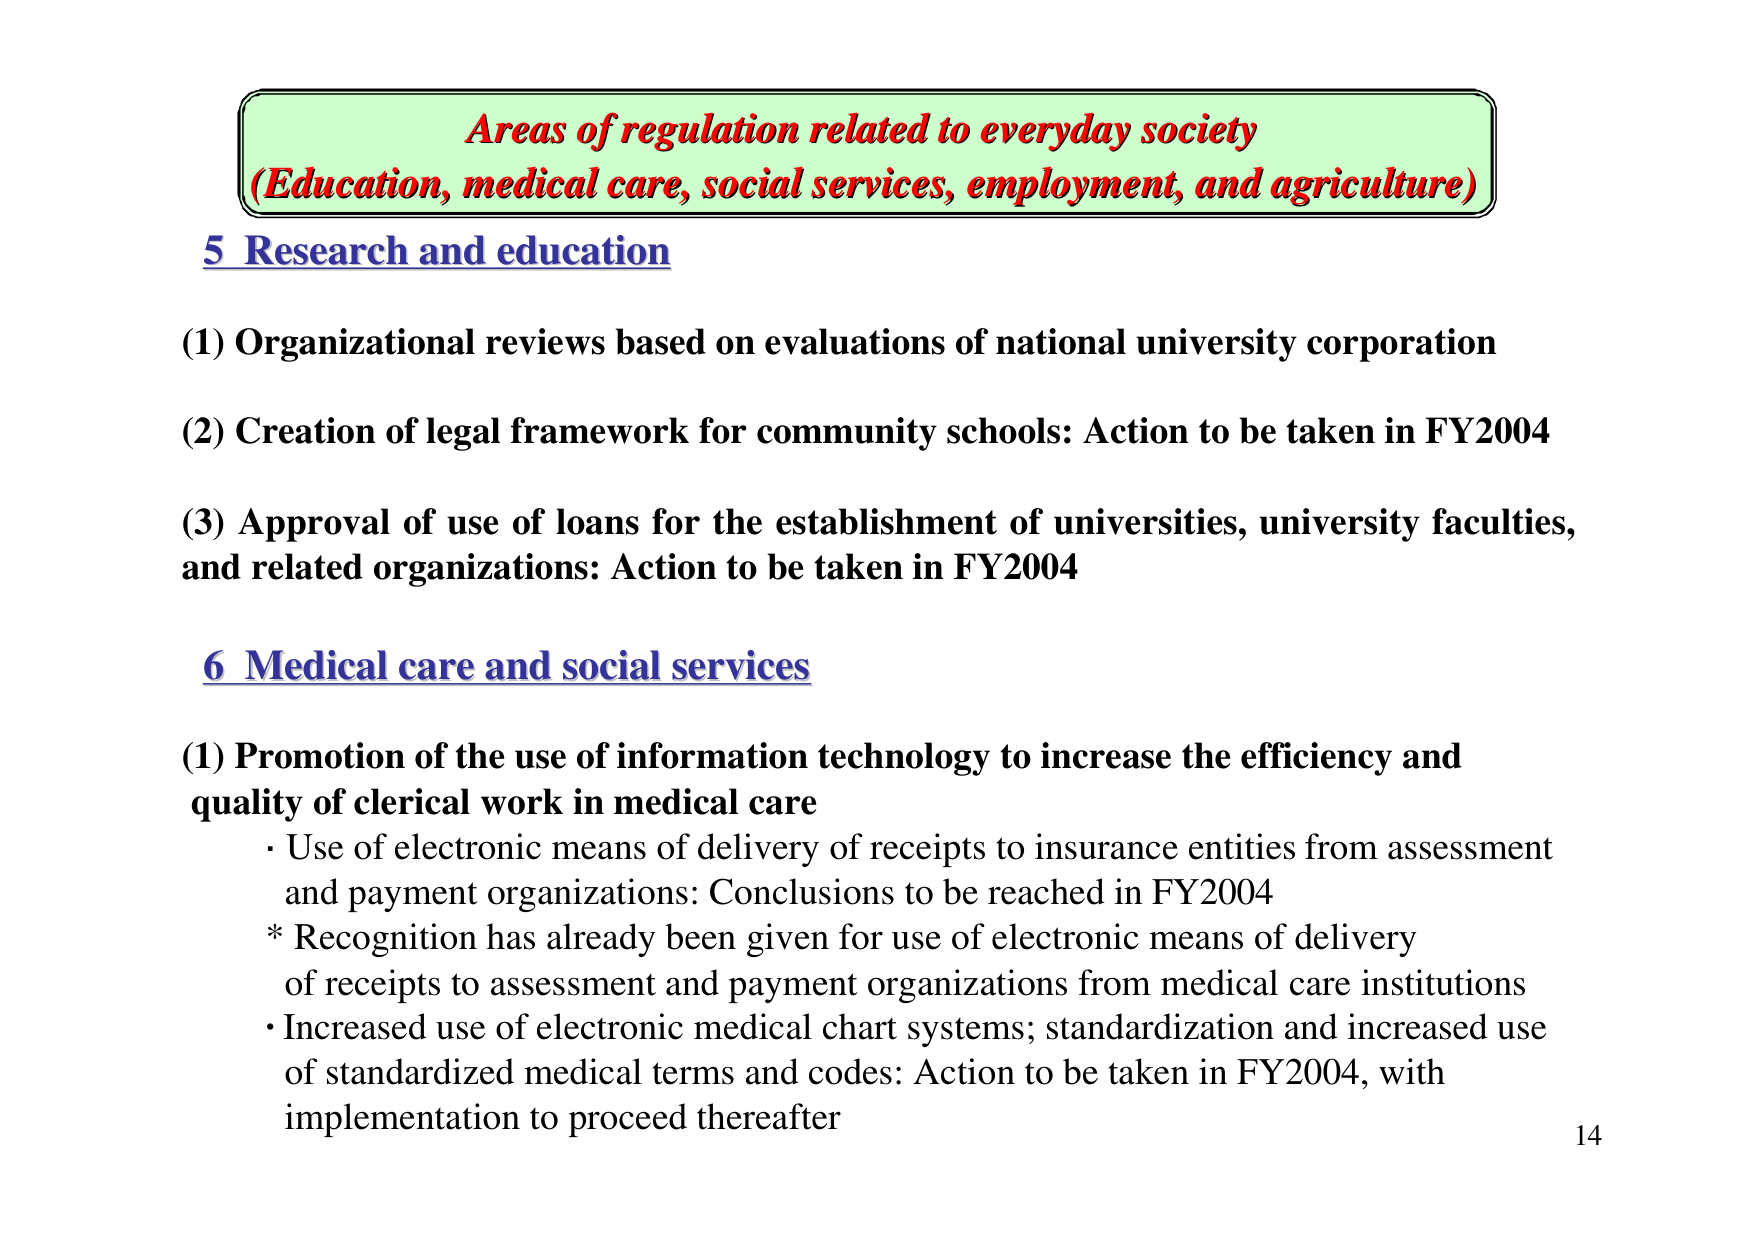
Areas of regulation related to everyday society
(Education, medical care, social services, employment, and agriculture)

5 Research and education

(1) Organizational reviews based on evaluations of national university corporation

(2) Creation of legal framework for community schools: Action to be taken in FY2004

(3) Approval of use of loans for the establishment of universities, university faculties, and related organizations: Action to be taken in FY2004

6 Medical care and social services

(1) Promotion of the use of information technology to increase the efficiency and quality of clerical work in medical care
• Use of electronic means of delivery of receipts to insurance entities from assessment and payment organizations: Conclusions to be reached in FY2004
* Recognition has already been given for use of electronic means of delivery of receipts to assessment and payment organizations from medical care institutions
• Increased use of electronic medical chart systems; standardization and increased use of standardized medical terms and codes: Action to be taken in FY2004, with implementation to proceed thereafter

14